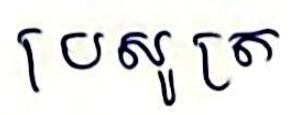
ប្រសូត្រ